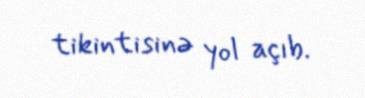
tikintisinə yol açıb.